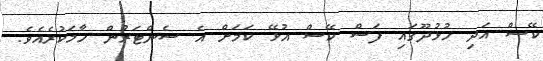
ކޭސް އަދި ހުޅުދޫގައި ފަސް ކޭސް އުޅޭ ކަމަށް އެ ސެންޓަރުން ހާމަކުރެއެވެ.